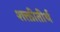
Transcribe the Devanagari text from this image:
शक्तीतीर्थ